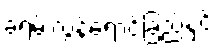
ခရမ်းလွန်ရောင်ခြည်နှင့်